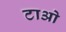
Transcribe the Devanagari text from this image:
टाओ